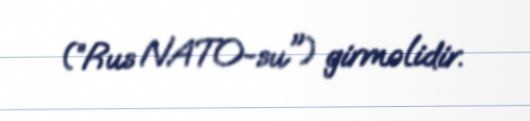
(”Rus NATO-su") girməlidir.